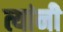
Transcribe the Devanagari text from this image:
त्यांनीेे